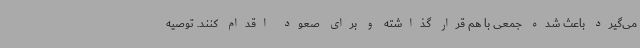
می‌گیرد باعث شده جمعی با هم قرار گذاشته و برای صعود اقدام کنند. توصیه